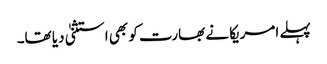
پہلے امریکا نے بھارت کو بھی استثنیٰ دیا تھا۔